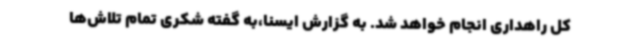
کل راهداری انجام خواهد شد. به گزارش ایسنا،به گفته شکری تمام تلاش‌ها